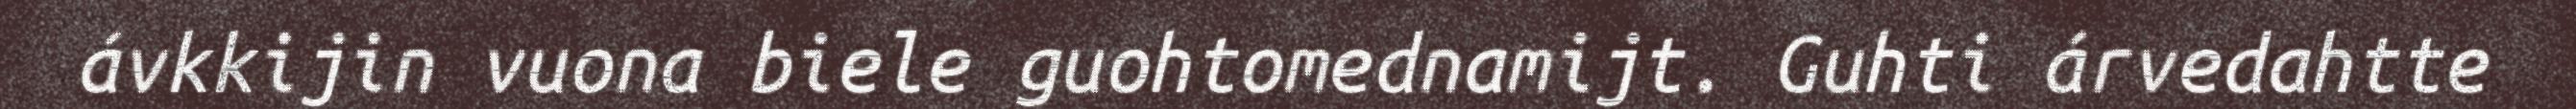
ávkkijin vuona biele guohtomednamijt. Guhti árvedahtte